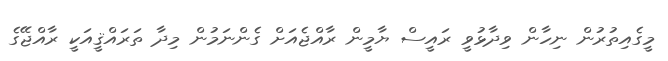
މީގެއިތުރުން ނިހާން ވިދާޅުވީ ރައީސް ޔާމީން ރާއްޖެއަށް ގެންނަމުން މިދާ ތަރައްޤީއަކީ ރާއްޖޭގެ